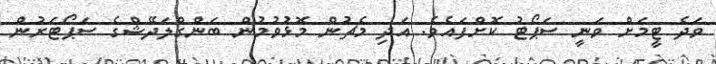
ވަދެ ޓީމަށް ވަނީ ސަޕޯޓު ކޮށްފައެވެ. އަދި މެޗުން މޮޅުވުމުން ބަންގްލަދޭޝްގެ ސަޕޯޓަރުން